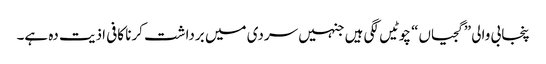
پنجابی والی ”گجیاں“ چوٹیں لگی ہیں جنہیں سردی میں برداشت کرنا کافی اذیت دہ ہے۔